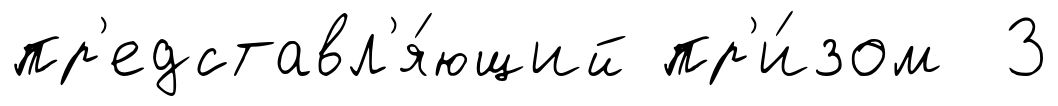
пр'едставл'я́ющий пр'и́зом 3